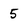
Character: 5